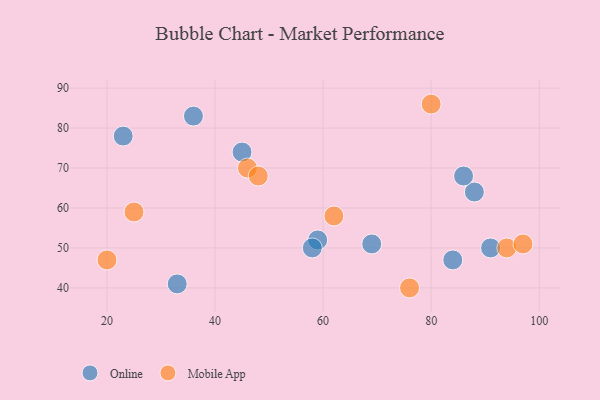
{"axis": {"x": "GDP", "y": "Life Expectancy"}, "legend": ["Mobile App", "Online"], "data": [{"x": "59", "y": 52, "type": "Online"}, {"x": "84", "y": 47, "type": "Online"}, {"x": "45", "y": 74, "type": "Online"}, {"x": "88", "y": 64, "type": "Online"}, {"x": "91", "y": 50, "type": "Online"}, {"x": "36", "y": 83, "type": "Online"}, {"x": "86", "y": 68, "type": "Online"}, {"x": "33", "y": 41, "type": "Online"}, {"x": "23", "y": 78, "type": "Online"}, {"x": "69", "y": 51, "type": "Online"}, {"x": "58", "y": 50, "type": "Online"}, {"x": "76", "y": 40, "type": "Mobile App"}, {"x": "46", "y": 70, "type": "Mobile App"}, {"x": "80", "y": 86, "type": "Mobile App"}, {"x": "94", "y": 50, "type": "Mobile App"}, {"x": "25", "y": 59, "type": "Mobile App"}, {"x": "62", "y": 58, "type": "Mobile App"}, {"x": "48", "y": 68, "type": "Mobile App"}, {"x": "20", "y": 47, "type": "Mobile App"}, {"x": "97", "y": 51, "type": "Mobile App"}]}